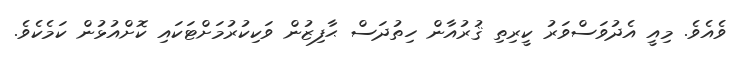
ވެއެވެ. މިއީ އެދުވަސްވަރު ކީރިތި ޤުރުއާން ހިތުދަސް ޙާފިޒުން ވަކިކުރުމަށްޓަކައި ކޮށްއުޅުން ކަމެކެވެ.